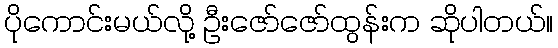
ပိုကောင်းမယ်လို့ ဦးဇော်ဇော်ထွန်းက ဆိုပါတယ်။